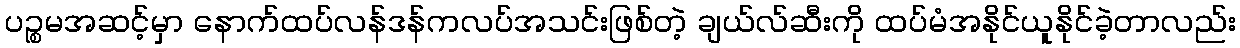
ပဉ္စမအဆင့်မှာ နောက်ထပ်လန်ဒန်ကလပ်အသင်းဖြစ်တဲ့ ချယ်လ်ဆီးကို ထပ်မံအနိုင်ယူနိုင်ခဲ့တာလည်း